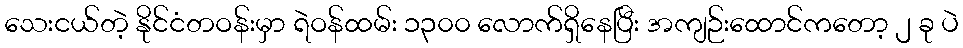
သေးငယ်တဲ့ နိုင်ငံတဝန်းမှာ ရဲဝန်ထမ်း ၁၃၀၀ လောက်ရှိနေပြီး အကျဉ်းထောင်ကတော့ ၂ ခု ပဲ